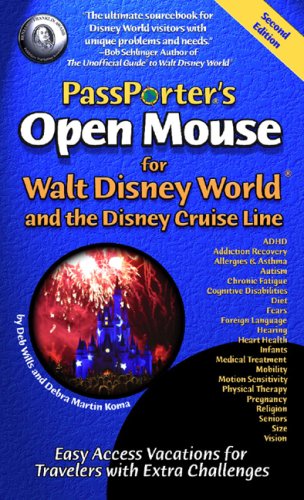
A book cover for PassPorter's Open Mouse for Walt Disney World and the Disney Cruise Line: Easy Access Vacations for Travelers with Extra Challenges; Deb Wills; Travel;